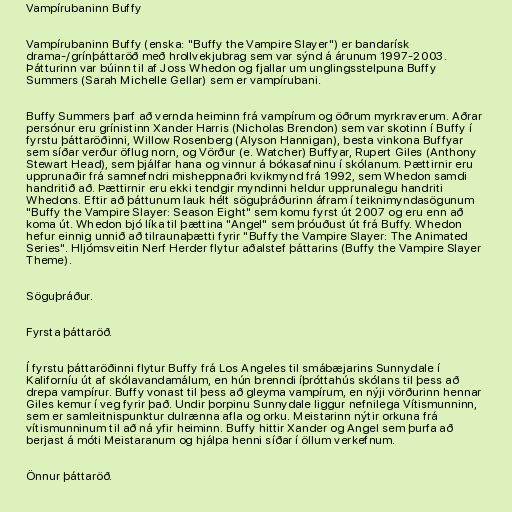
Vampírubaninn Buffy

Vampírubaninn Buffy (enska: "Buffy the Vampire Slayer") er bandarísk
drama-/grínþáttaröð með hrollvekjubrag sem var sýnd á árunum 1997-2003.
Þátturinn var búinn til af Joss Whedon og fjallar um unglingsstelpuna Buffy
Summers (Sarah Michelle Gellar) sem er vampírubani.

Buffy Summers þarf að vernda heiminn frá vampírum og öðrum myrkraverum. Aðrar
persónur eru grínistinn Xander Harris (Nicholas Brendon) sem var skotinn í Buffy í
fyrstu þáttaröðinni, Willow Rosenberg (Alyson Hannigan), besta vinkona Buffyar
sem síðar verður öflug norn, og Vörður (e. Watcher) Buffyar, Rupert Giles (Anthony
Stewart Head), sem þjálfar hana og vinnur á bókasafninu í skólanum. Þættirnir eru
upprunaðir frá samnefndri misheppnaðri kvikmynd frá 1992, sem Whedon samdi
handritið að. Þættirnir eru ekki tendgir myndinni heldur upprunalegu handriti
Whedons. Eftir að þáttunum lauk hélt söguþráðurinn áfram í teiknimyndasögunum
"Buffy the Vampire Slayer: Season Eight" sem komu fyrst út 2007 og eru enn að
koma út. Whedon bjó líka til þættina "Angel" sem þróuðust út frá Buffy. Whedon
hefur einnig unnið að tilraunaþætti fyrir "Buffy the Vampire Slayer: The Animated
Series". Hljómsveitin Nerf Herder flytur aðalstef þáttarins (Buffy the Vampire Slayer
Theme).

Söguþráður.

Fyrsta þáttaröð.

Í fyrstu þáttaröðinni flytur Buffy frá Los Angeles til smábæjarins Sunnydale í
Kaliforníu út af skólavandamálum, en hún brenndi íþróttahús skólans til þess að
drepa vampírur. Buffy vonast til þess að gleyma vampírum, en nýji vörðurinn hennar
Giles kemur í veg fyrir það. Undir þorpinu Sunnydale liggur nefnilega Vítismunninn,
sem er samleitnispunktur dulrænna afla og orku. Meistarinn nýtir orkuna frá
vítismunninum til að ná yfir heiminn. Buffy hittir Xander og Angel sem þurfa að
berjast á móti Meistaranum og hjálpa henni síðar í öllum verkefnum.

Önnur þáttaröð.